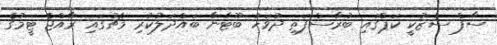
ސާފް ސުޒުކީ ކަޕްގައި ބުރާސްފަތި ދުވަހު ބޫޓާނާ ބައްދަލުކުރި މެޗުގައި ރާއްޖެ ޓީމުގެ